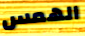
الهمس